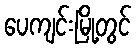
ပေကျင်းမြို့တွင်